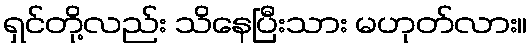
ရှင်တို့လည်း သိနေပြီးသား မဟုတ်လား။